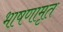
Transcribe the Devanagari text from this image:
भाषणामृत